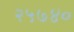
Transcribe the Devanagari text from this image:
२५७४०